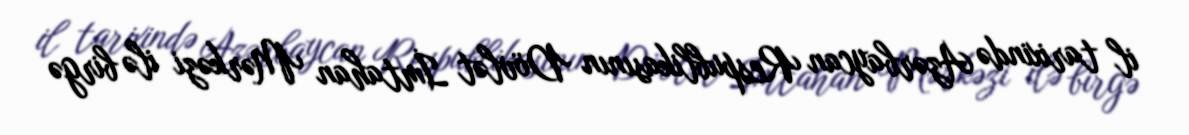
il tarixində Azərbaycan Respublikasının Dövlət İmtahan Mərkəzi ilə birgə